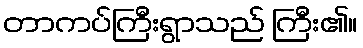
တာကပ်ကြီးရွာသည် ကြီး၏။